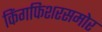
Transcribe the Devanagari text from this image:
किंगफिशरसमोर